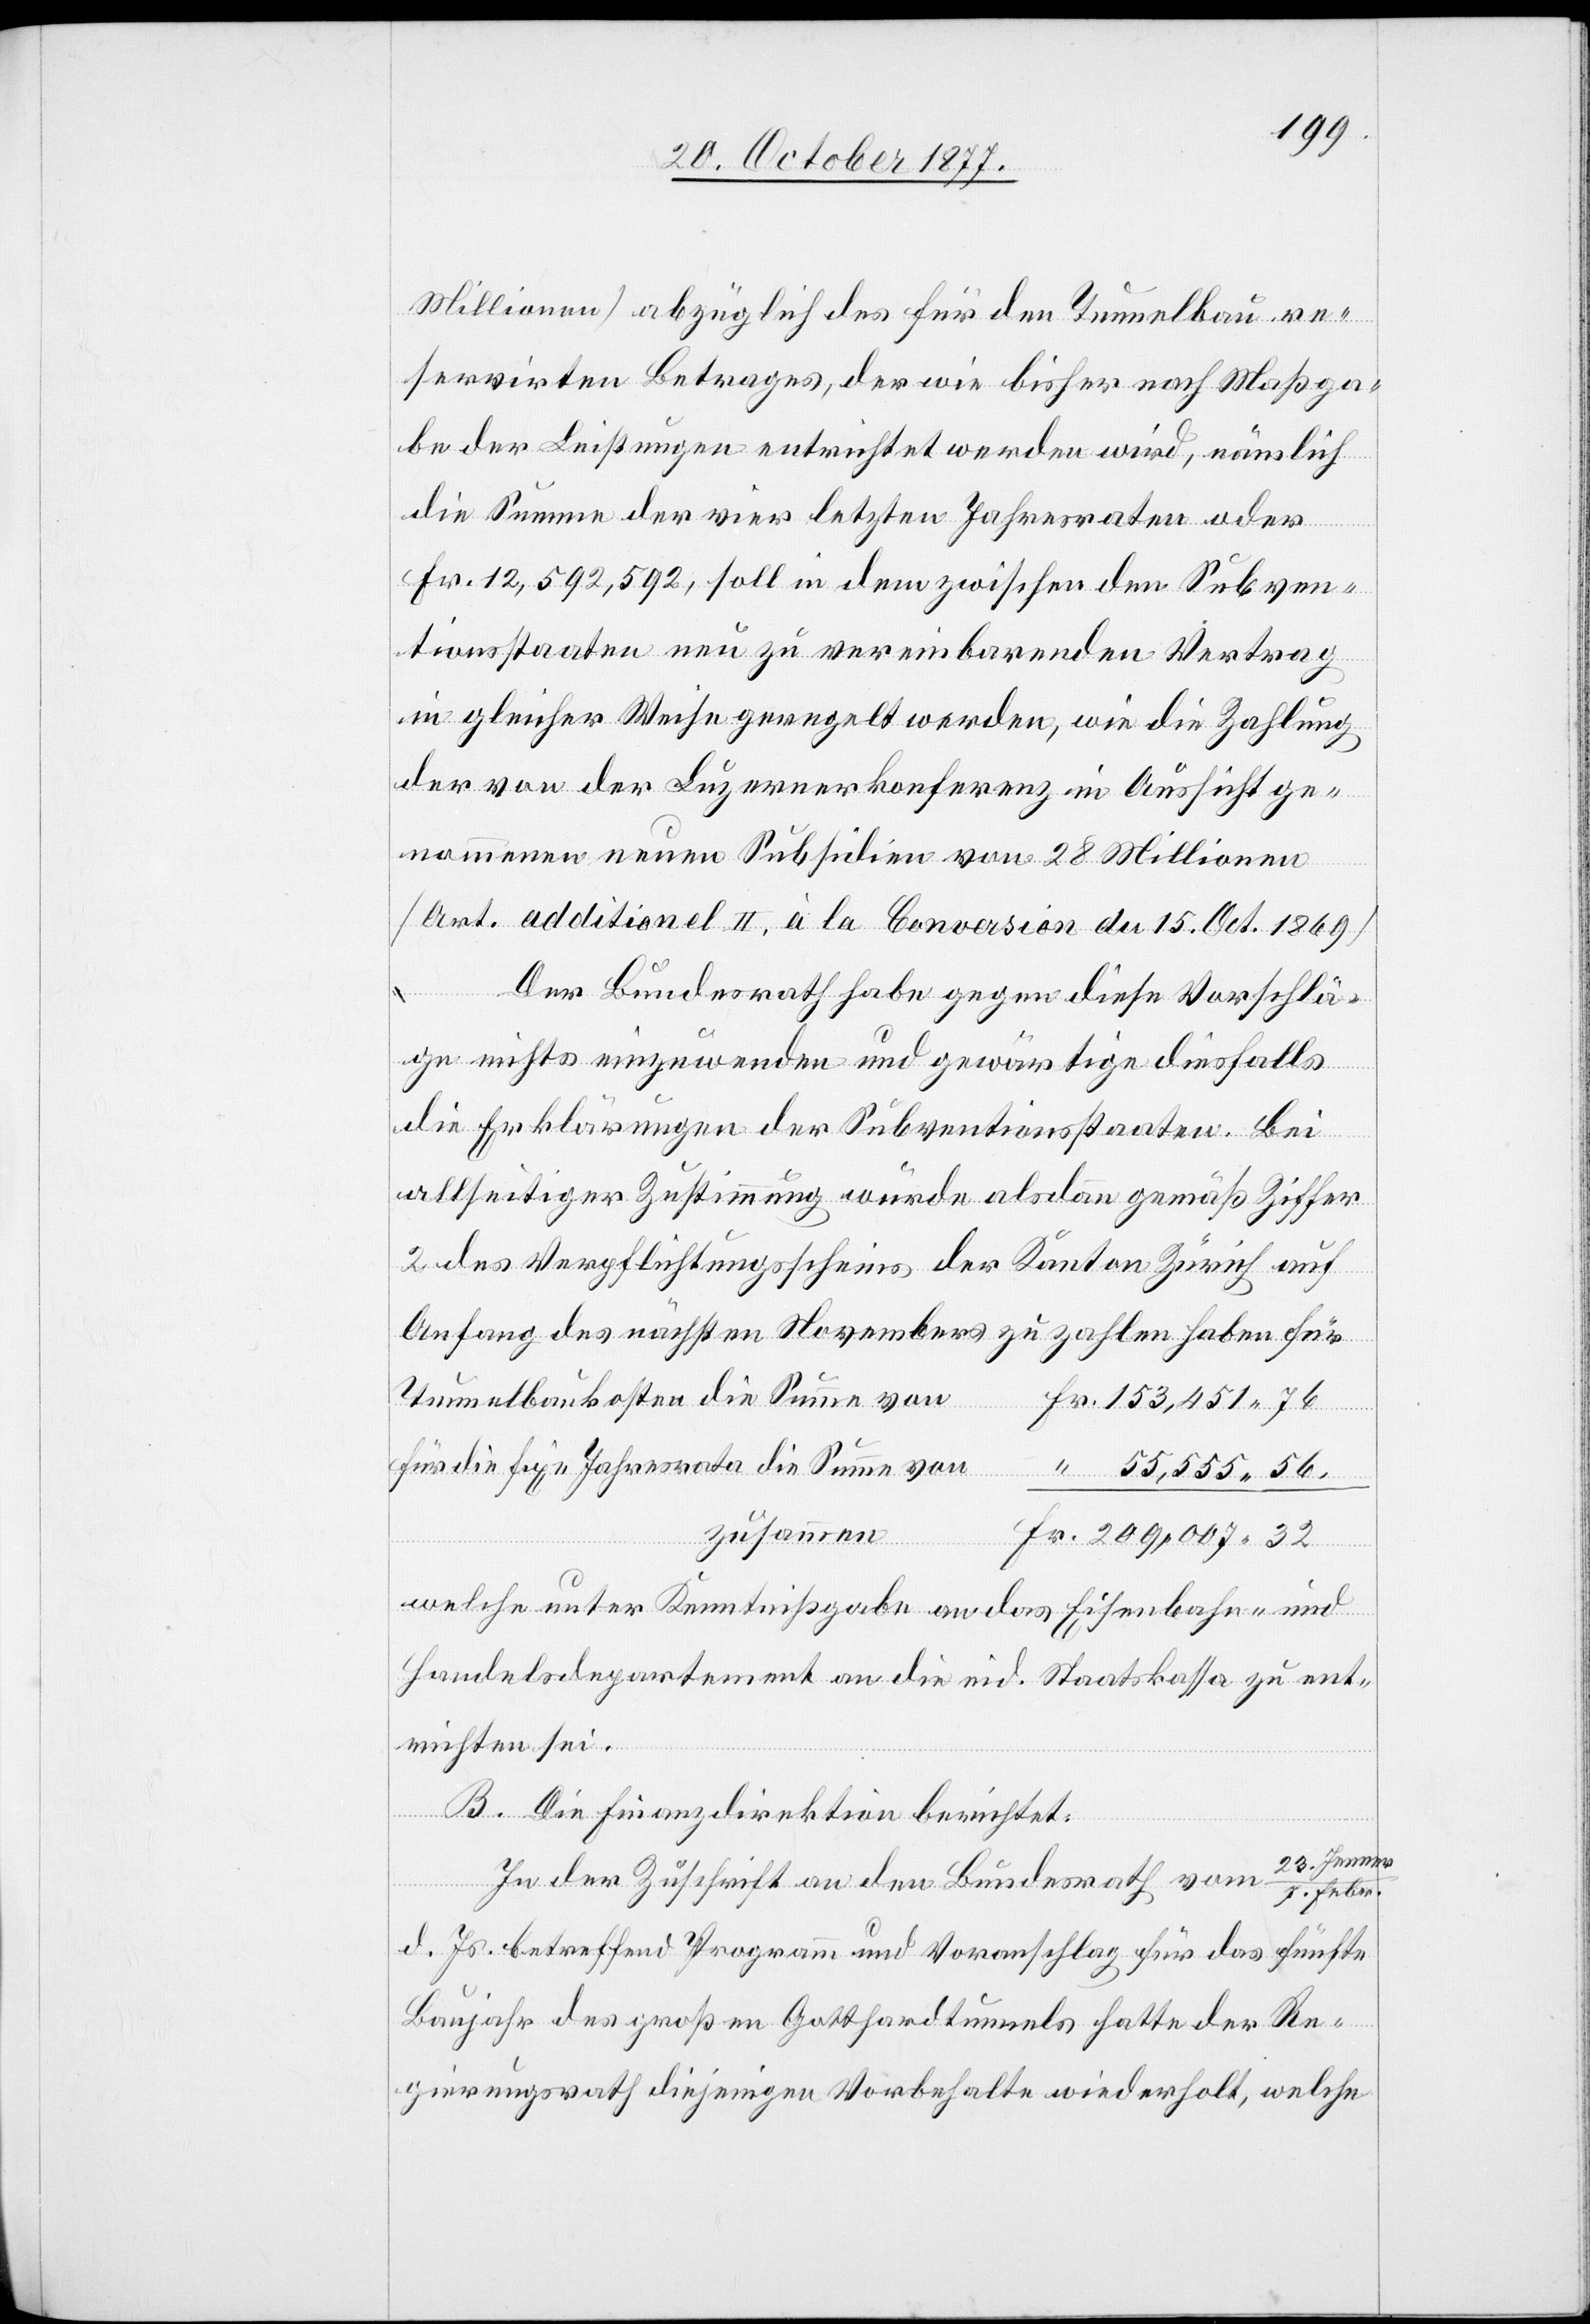
Millionen] abzüglich des für den Tunnelbau re¬
servirten Betrages, der wie bisher nach Maßga¬
be der Leistungen entrichtet werden wird, nämlich
die Summe der vier letzten Jahresraten oder
Fr. 12,592,592, soll in dem zwischen den Subven¬
tionsstaaten neu zu vereinbarenden Vertrag
in gleicher Weise geregelt werden, wie die Zahlung
der von der Luzernerkonferenz in Aussicht ge¬
nommenen neuen Subsidien von 28 Millionen
[Art. additionel II, à la Conversion du 15. Oct. 1869]
haben
Der Bundesrath habe gegen diese Vorschlä¬
ge nichts einzuwenden und gewärtige diesfalls
die Erklärungen der Subventionsstaaten. Bei
allseitiger Zustimmung würde alsdann gemäß Ziffer
2 des Verpflichtungsscheins der Kanton Zürich auf
Febr.
Tunnelbaukosten die Summe von
Fr. 153,451 76
für die fixe Jahresrata die Summe von
“ 55,555 56.
zusammen
Fr. 209,007 32
welche unter Kenntnißgabe an das Eisenbahn- und
Handelsdepartement an die eid. Staatskassa zu ent¬
richten sei.
B. Die Finanzdirektion berichtet:
des
ner
In der Zuschrift an den Bundesrath vom 23. Jen¬
d. Js. betreffend Programm und Voranschlag für das fünfte
Baujahr des großen Gotthardtunnels hatte der Re¬
gierungsrath diejenigen Vorbehalte wiederholt, welche